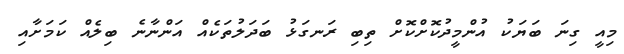
މިއީ ގިނަ ބަޔަކު އުންމީދުކޮށްކޮށް ތިބި ރަނގަޅު ބަދަލުތަކެއް އަންނާނެ ބިލެއް ކަމަށާއި